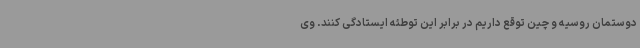
دوستمان روسیه و چین توقع داریم در برابر این توطئه ایستادگی کنند. وی